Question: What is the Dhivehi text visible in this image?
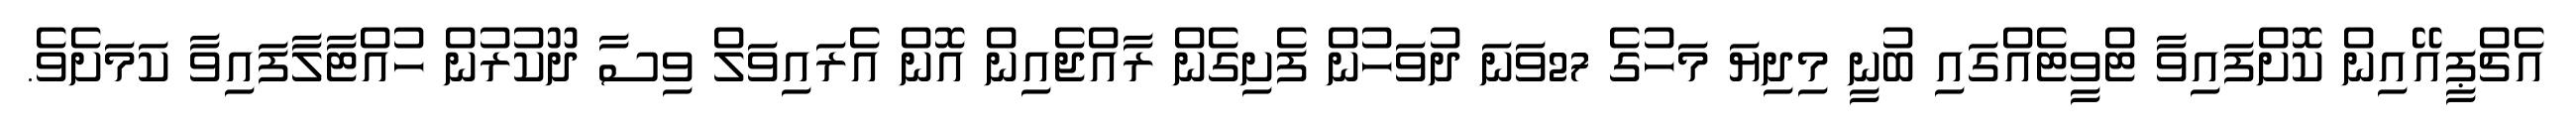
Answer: އެޗްޕީއޭއިން ކޮށްފައިވާ ޓްވީޓެއްގައި ބުނީ މިދިޔަ މަހުގެ 27ވަނަ ދުވަހުން ފެށިގެން ރާއްޖެއިން އޮން އެރައިވަލް ވިސާ ދޫކުރުން ހުއްޓާލާފައިވާ ކަމަށެވެ.